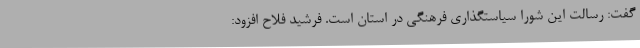
گفت: رسالت این شورا سیاستگذاری فرهنگی در استان است. فرشید فلاح افزود: